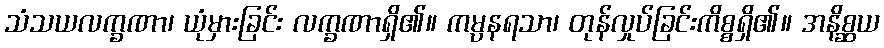
သံသယလက္ခဏာ၊ ယုံမှားခြင်း လက္ခဏာရှိ၏။ ကမ္ပနရသာ၊ တုန်လှုပ်ခြင်းကိစ္စရှိ၏။ အနိစ္ဆယ